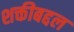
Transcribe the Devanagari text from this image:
शक्तीबद्दल